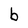
Character: b